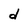
Character: d